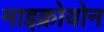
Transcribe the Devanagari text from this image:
माइक्रोयोन